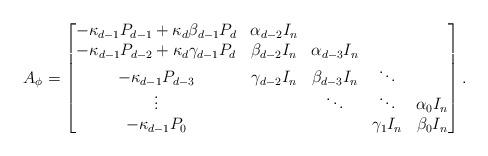
LaTeX: \begin{align*}A_\phi=\begin{bmatrix}-\kappa_{d-1}P_{d-1}+\kappa_d\beta_{d-1}P_d & \alpha_{d-2}I_n & & & \\-\kappa_{d-1}P_{d-2}+\kappa_{d}\gamma_{d-1}P_d & \beta_{d-2}I_n & \alpha_{d-3}I_n \\-\kappa_{d-1}P_{d-3} & \gamma_{d-2}I_n & \beta_{d-3}I_n & \ddots \\\vdots & & \ddots & \ddots & \alpha_0I_n\\-\kappa_{d-1} P_0 & & & \gamma_1 I_n & \beta_0I_n\end{bmatrix}.\end{align*}